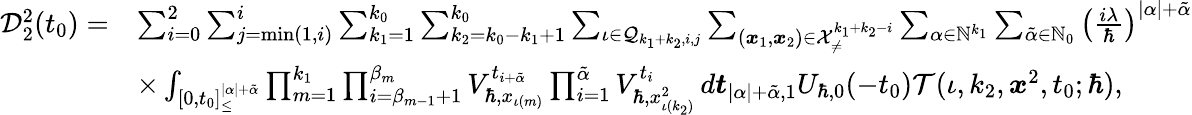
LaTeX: \begin{array}{rl}{\mathcal{D}_{2}^{2}(t_{0})=}&{\sum_{i=0}^{2}\sum_{j=\operatorname*{min}(1,i)}^{i}\sum_{k_{1}=1}^{k_{0}}\sum_{k_{2}=k_{0}-k_{1}+1}^{k_{0}}\sum_{\iota\in\mathcal{Q}_{k_{1}+k_{2},i,j}}\sum_{(\boldsymbol{x}_{1},\boldsymbol{x}_{2})\in\mathcal{X}_{\neq}^{k_{1}+k_{2}-i}}\sum_{\alpha\in\mathbb{N}^{k_{1}}}\sum_{\tilde{\alpha}\in\mathbb{N}_{0}}\left(\frac{i\lambda}{\hbar}\right)^{|\alpha|+\tilde{\alpha}}}\\ &{\times\int_{[0,t_{0}]_{\leq}^{|\alpha|+\tilde{\alpha}}}\prod_{m=1}^{k_{1}}\prod_{i=\beta_{m-1}+1}^{\beta_{m}}V_{\hbar,x_{\iota(m)}}^{t_{i+\tilde{\alpha}}}\prod_{i=1}^{\tilde{\alpha}}V_{\hbar,x_{\iota(k_{2})}^{2}}^{t_{i}}\, d\boldsymbol{t}_{|\alpha|+\tilde{\alpha},1}U_{\hbar,0}(-t_{0})\mathcal{T}(\iota,k_{2},\boldsymbol{x}^{2},t_{0};\hbar),}\end{array}